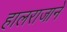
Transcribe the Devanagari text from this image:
हालराजाने